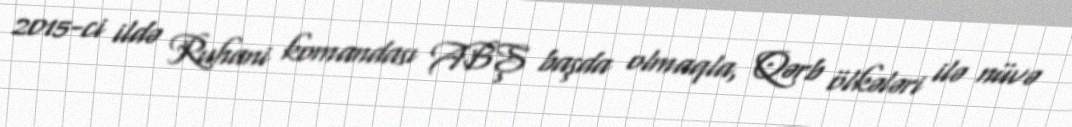
2015-ci ildə Ruhani komandası ABŞ başda olmaqla, Qərb ölkələri ilə nüvə